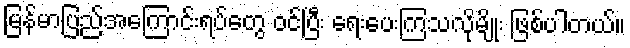
မြန်မာပြည်အကြောင်းရပ်တွေ ဝင်ပြီး ရေးပေးကြသလိုမျိုး ဖြစ်ပါတယ်။